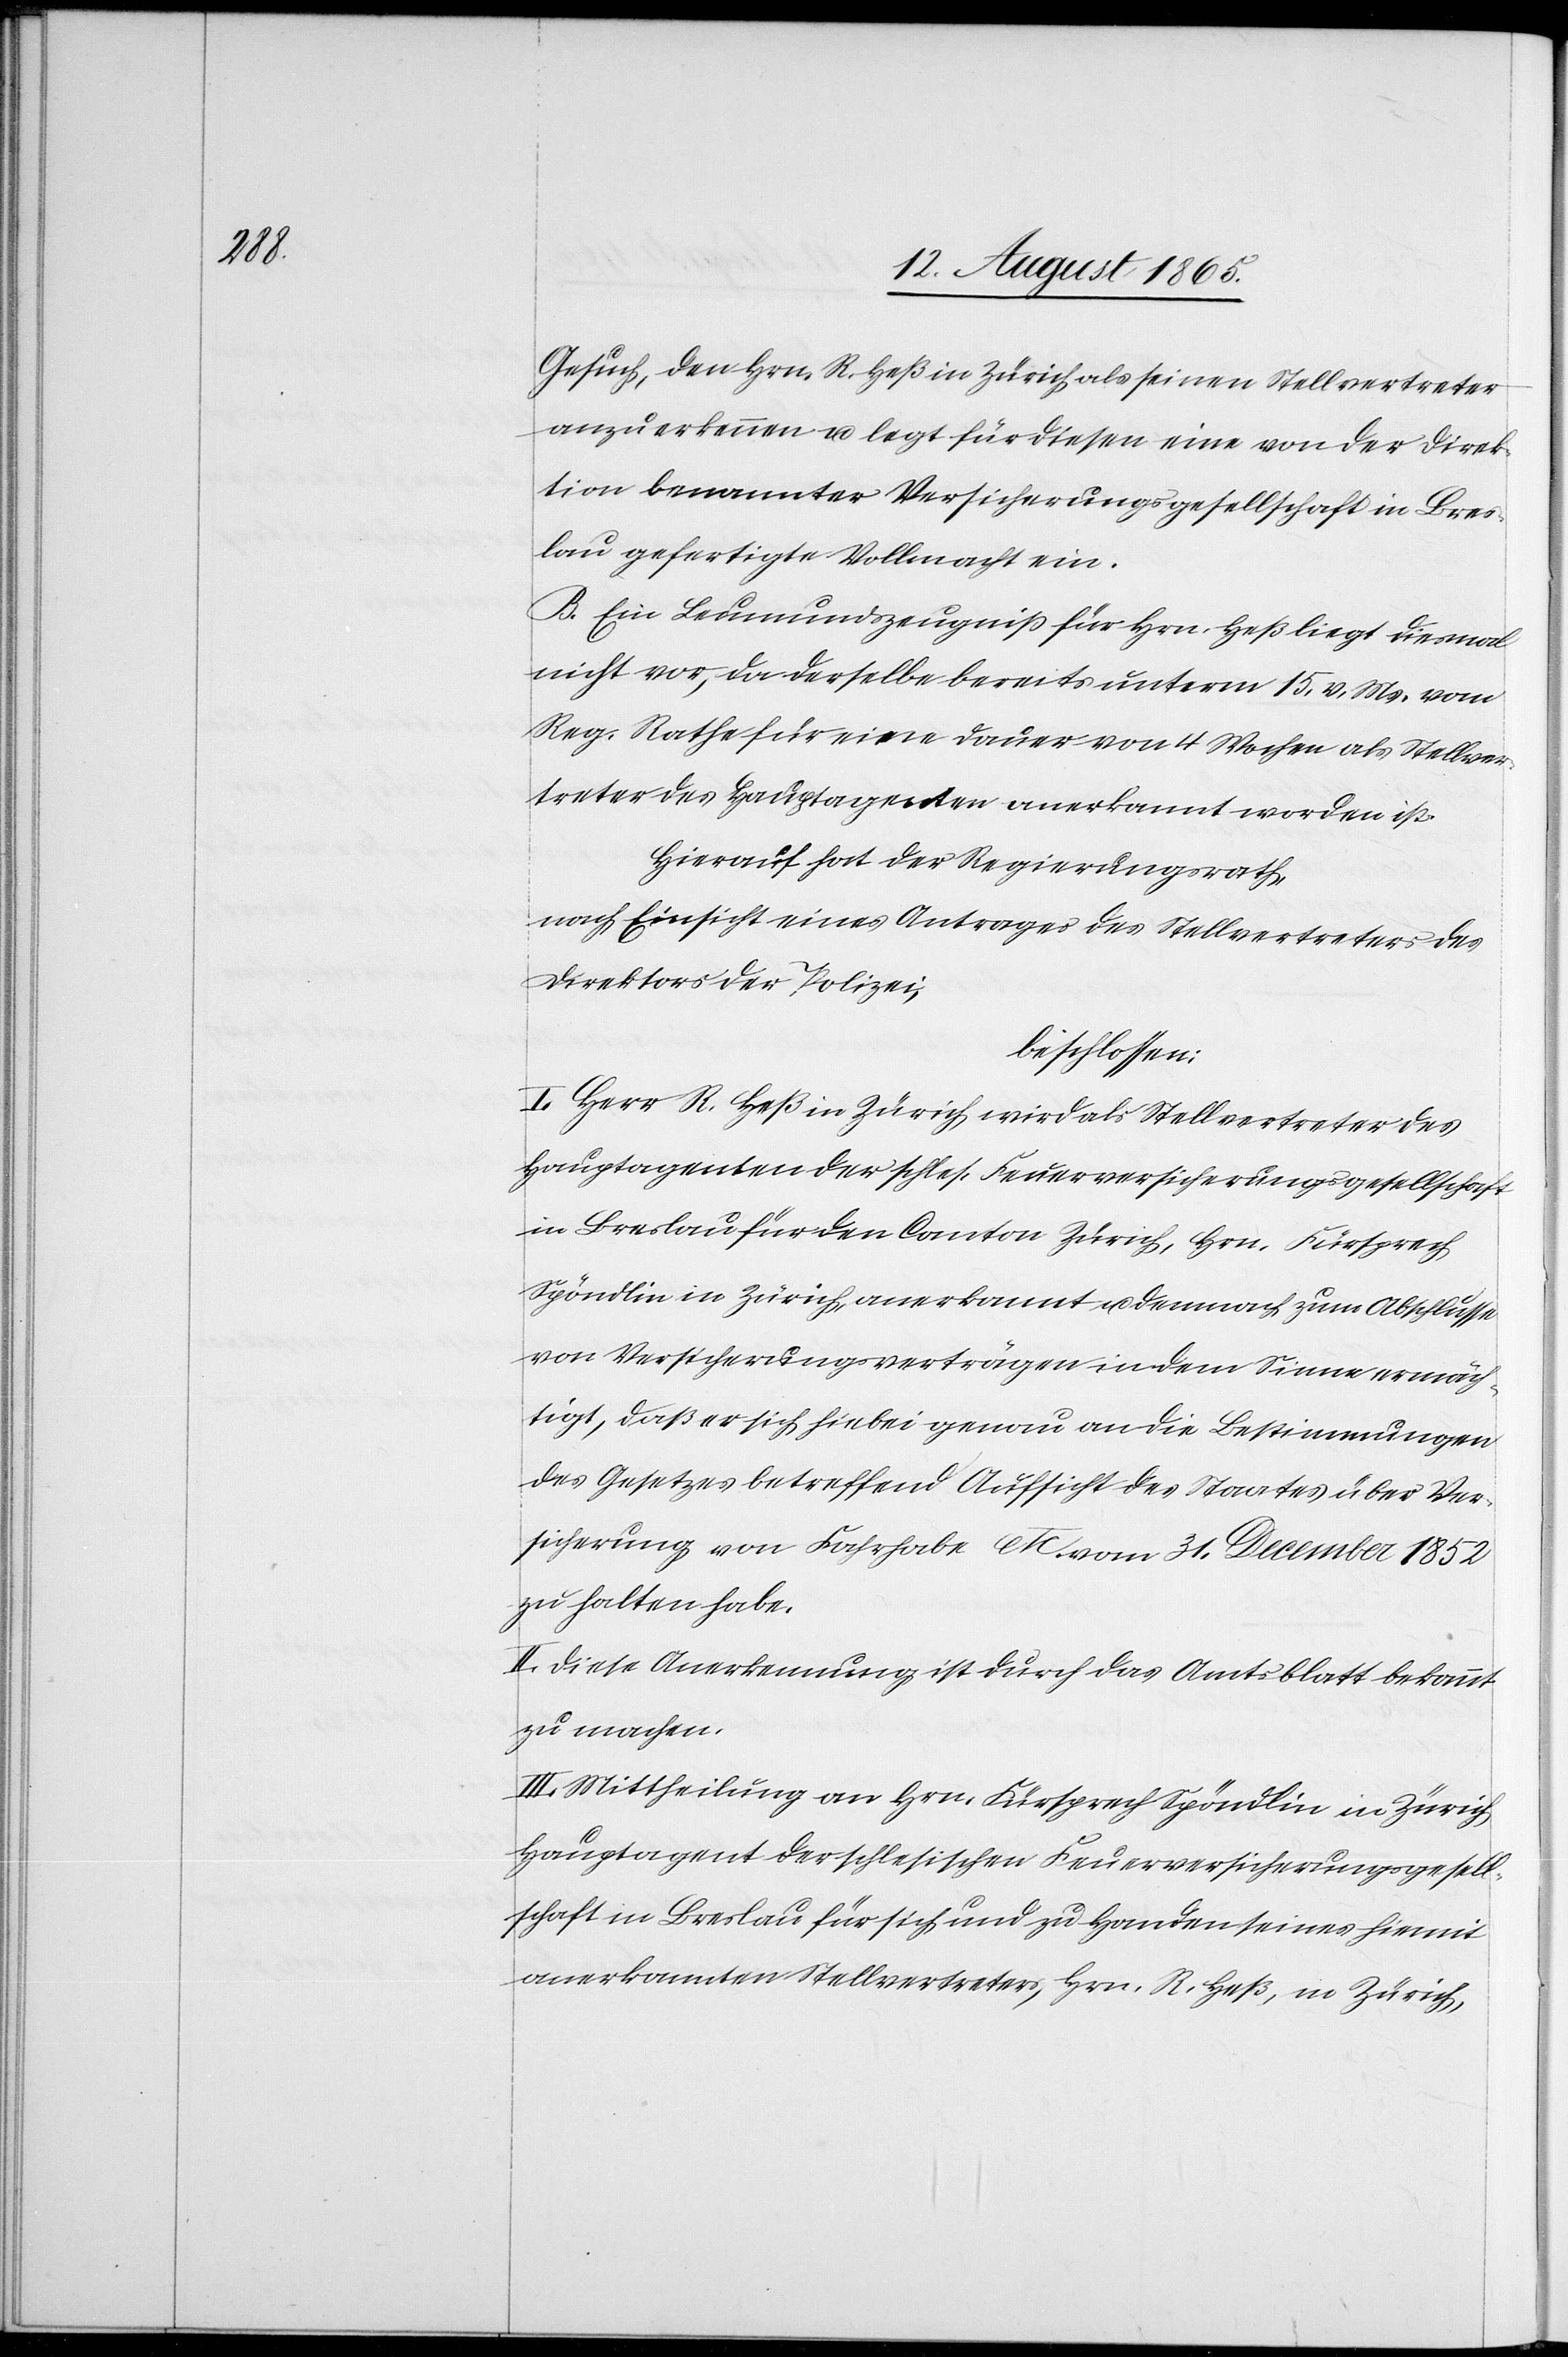
Gesuch, den Hrn. R. Heß in Zürich als seinen Stellvertreter
anzuerkennen u. legt für diesen eine von der Direk¬
tion benannter Versicherungsgesellschaft in Bres¬
lau gefertigte Vollmacht ein.
B. Ein Leumundszeugniß für Hrn. Heß liegt diesmal
nicht vor, da derselbe bereits unterm 15. v. Mts. vom
Reg. Rathe für eine Dauer von 4 Wochen als Stellver¬
treter des Hauptagenten anerkannt worden ist.
Hierauf hat der Regierungsrath,
nach Einsicht eines Antrages des Stellvertreters des
Direktors der Polizei,
beschlossen:
I. Herr R. Heß in Zürich wird als Stellvertreter des
Hauptagenten der schles. Feuerversicherungsgesellschaft
in Breslau für den Canton Zürich, Hrn. Fürsprech
Spöndlin in Zürich, anerkannt u. demnach zum Abschlusse
von Versicherungsverträgen in dem Sinne ermäch¬
tigt, daß er sich hiebei genau an die Bestimmungen
des Gesetzes betreffend Aufsicht des Staates über Ver¬
sicherung von Fahrhabe etc. vom 31. December 1852
zu halten habe.
II. Diese Anerkennung ist durch das Amtsblatt bekannt
zu machen.
III. Mittheilung an Hrn. Fürsprech Spöndlin in Zürich
Hauptagent der schlesischen Feuerversicherungsgesell¬
schaft in Breslau für sich und zu Handen seines hiemit
anerkannten Stellvertreters, Hrn. R. Heß, in Zürich,